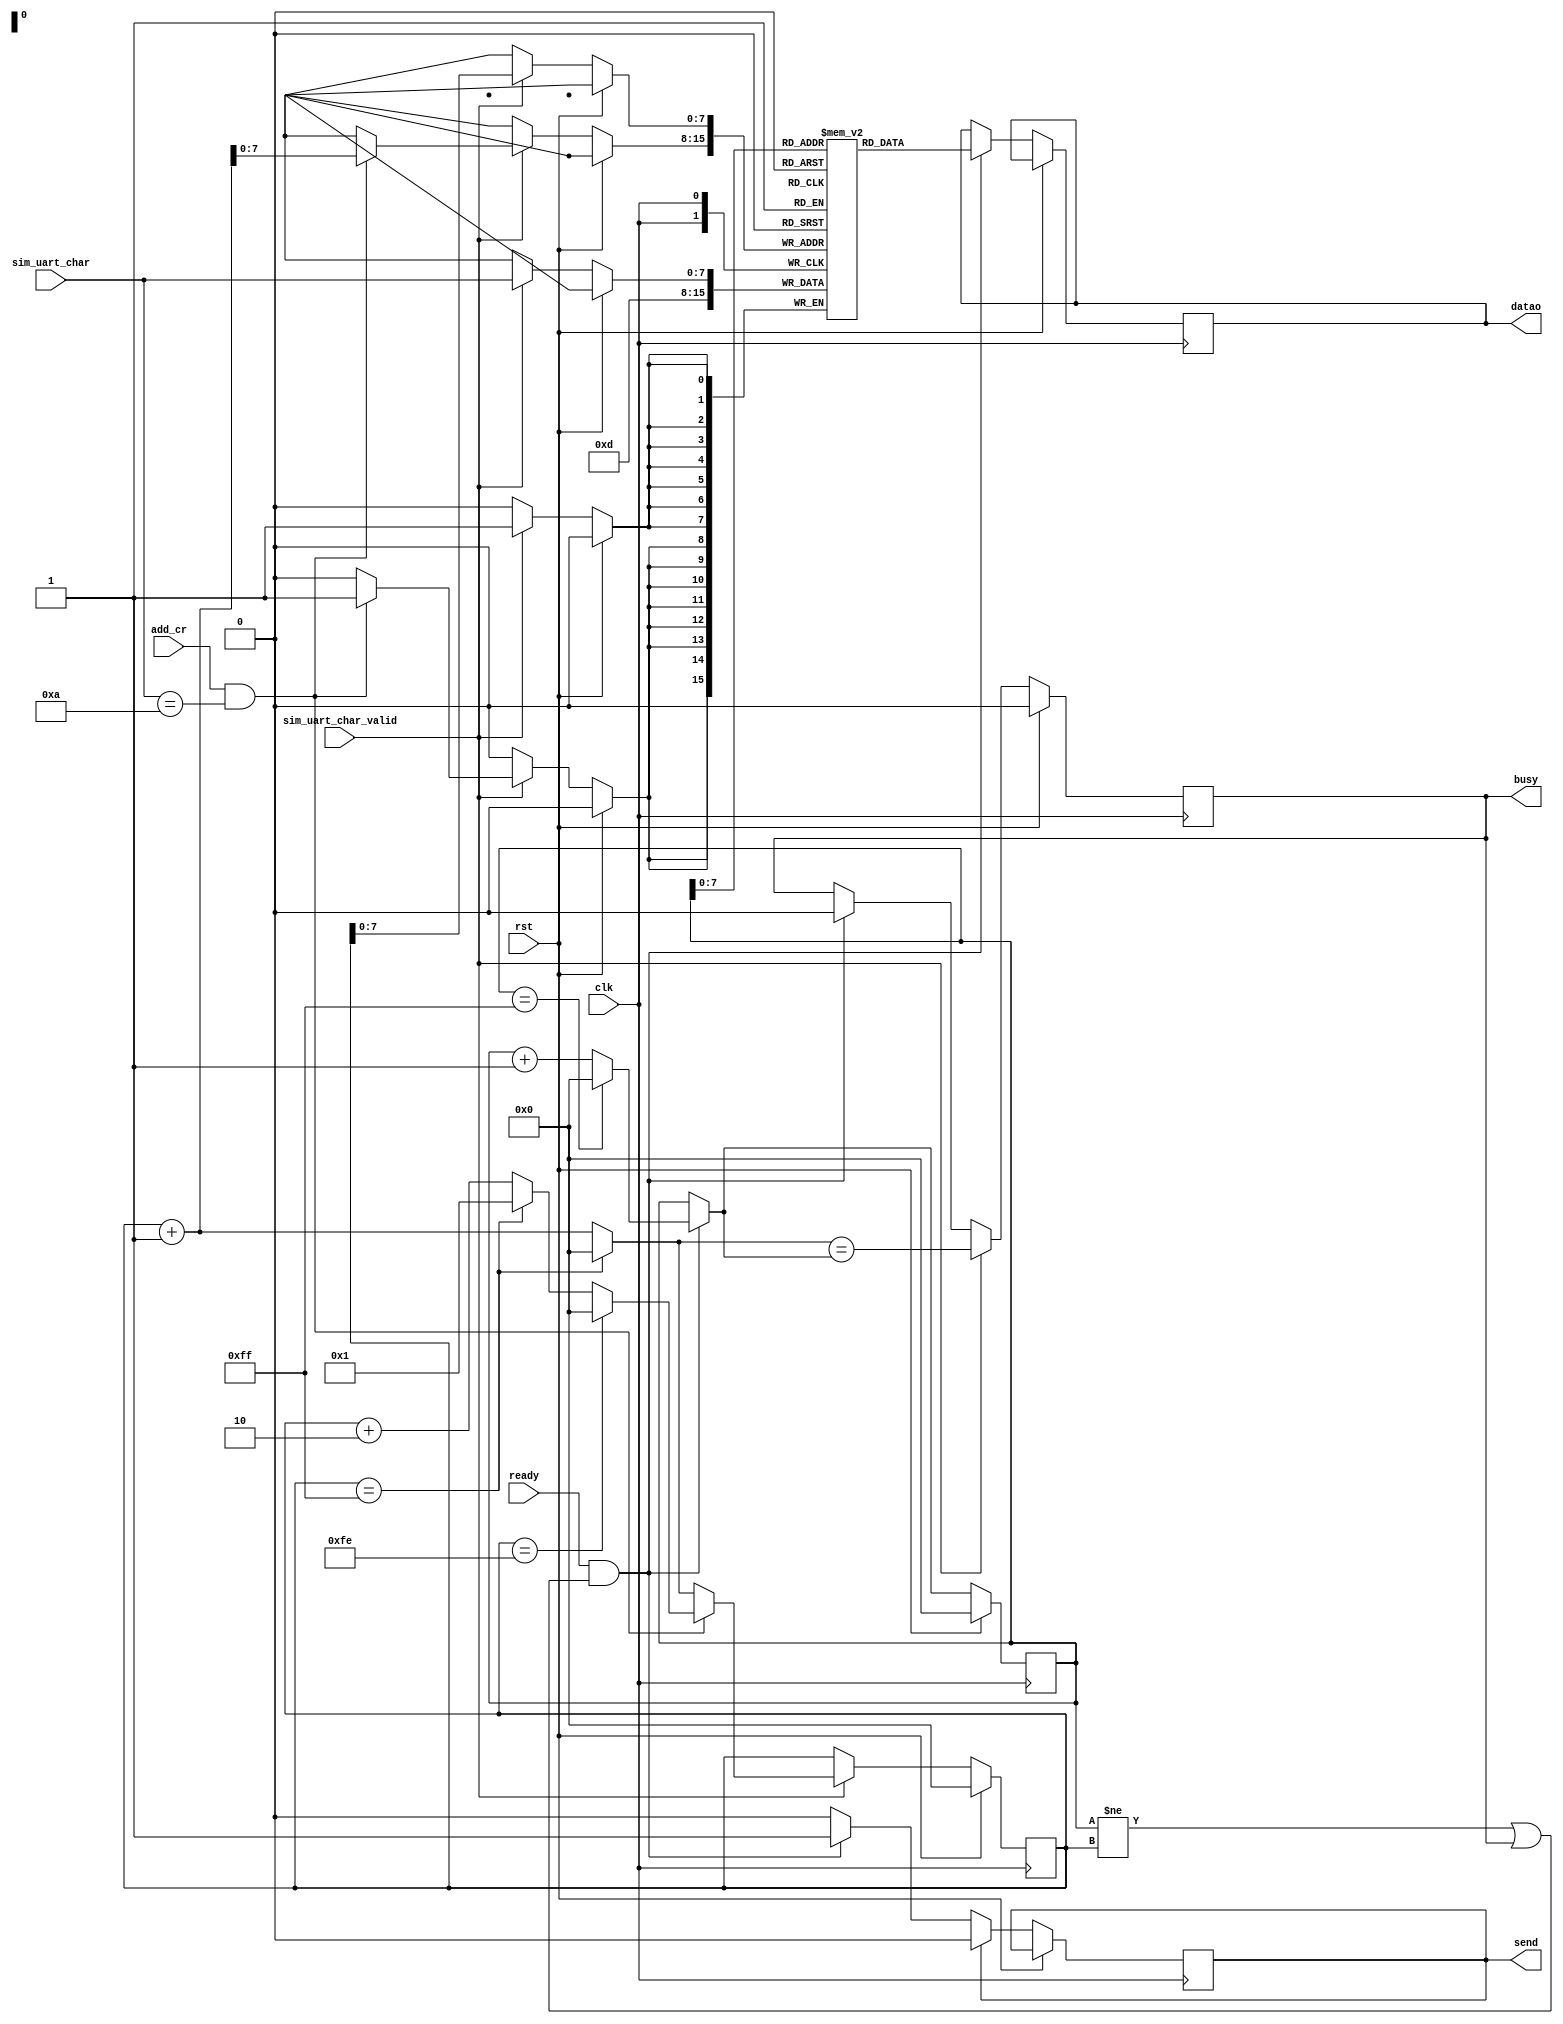
`timescale 1ns / 1ps

module uart_buffer (
    input clk, rst,
    input wire ready,
    input wire [7:0] sim_uart_char,
    input wire sim_uart_char_valid,
    input wire add_cr,
    output wire busy,
    output reg send,
    output reg [7:0] datao
);
    localparam SIZE = 256;
    reg[7:0] buffer[0:SIZE-1];

    reg [8:0] head;
    reg [8:0] tail;
    reg full;
    wire [8:0] next_tail = (tail == SIZE-1)? 0 : tail+1;
    wire update_head = ready && (head != tail || full);
    wire [8:0] next_head = update_head ? 
                           head == SIZE-1 ? 0 : head+1 
                           : head;
                           
    assign busy = full;
    
    always@(posedge clk) begin
        if(rst) begin
            head <= 0;
            tail <= 0; 
            full <= 0;
        end else begin
            if (update_head) begin
                datao <= buffer[head];
                send <= 1'b1;
                head <= (head == SIZE-1)? 0 : head+1;
                full <= 0;
            end
            if (sim_uart_char_valid) begin
                buffer[tail] <= sim_uart_char;
                if(add_cr && sim_uart_char == 8'h0a)begin
                    buffer[tail+1] <= 8'h0d;
                    tail <= (tail == SIZE-2)? 0 : 
                            (tail == SIZE-1)? 1 : tail+2;
                end
                else begin
                    tail <= next_tail;
                end
                full <= next_tail == next_head;
            end
            if (send == 1'b1) begin
                send <= 1'b0;
            end 
        end
    end

endmodule